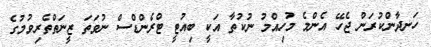
ހަނދާންކުރަން ޖެހޭ އެންމެ މުހިއްމު ނުކުތާ އަކީ ބިއުޓީ ޓްރެންޑްސް ނުވަތަ ޒީނަތްތެރިވުމުގެ